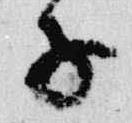
子